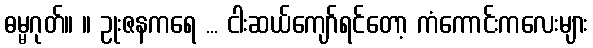
ဓမ္မဂုတ်။ ။ ဥုးဇနကရေ ... ငါးဆယ်ကျော်ရင်တော့ ကံကောင်းကလေးများ